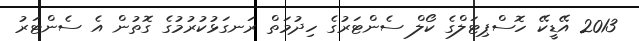
2013 އޭޑީކޭ ހޮސްޕިޓަލްގެ ކޯލް ސެންޓަރުގެ ހިދުމަތް ރަނގަޅުކުރުމުގެ ގޮތުން އެ ސެންޓަރު